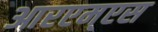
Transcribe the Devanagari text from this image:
आरएम्एस